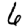
Digit: 6